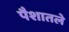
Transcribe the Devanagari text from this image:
पैशातले